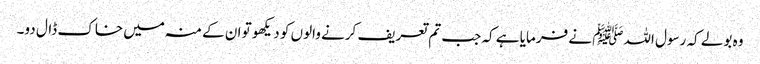
وہ بولے کہ رسول اللہﷺ نے فرمایا ہے کہ جب تم تعریف کرنے والوں کو دیکھو تو ان کے منہ میں خاک ڈال دو۔